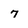
Character: 7